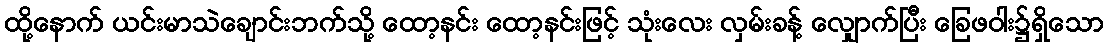
ထို့နောက် ယင်းမာသဲချောင်းဘက်သို့ ထော့နင်း ထော့နင်းဖြင့် သုံးလေး လှမ်းခန့် လျှောက်ပြီး ခြေဖဝါး၌ရှိသော